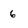
Character: 6